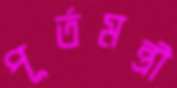
পূর্তমন্ত্রী